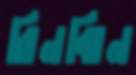
রিনঝিন